Medical and sanitary report of the native army of Madras for the year
Year: 1872
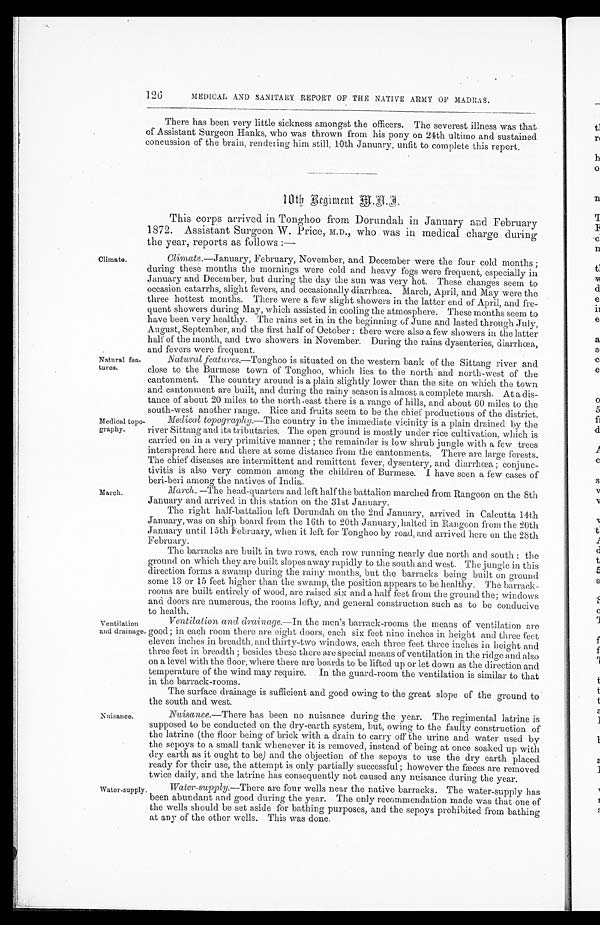
126
Climate.
Natural fea
-tures.
MEDICAL AND SANITARY REPORT OF THE NATIVE ARMY OF MADRAS.
There has been very little sickness amongst the officers. The severest illness was that
of Assistant Surgeon Hanks, who was thrown from his pony on 24th ultimo and sustained
concussion of the brain, rendering him still, 10th January, unfit to complete this report.
1 0 t h R e g i m e n t M . A . I .
This corps arrived in Tonghoo from Dorundah in January and February
1872. Assistant Surgeon W. Price, M.D., who was in medical charge during
the year, reports as follows:—
Climate .—January, February, November, and December were the four cold months;
during these months the mornings were cold and heavy fogs were frequent, especially in
January and December, but during the day the sun was very hot. These changes seem to
occasion catarrhs, slight fevers, and occasionally diarrhœa. March, April, and May were the
three hottest months. There were a few slight showers in the latter end of April, and fre
-quent showers during May, which assisted in cooling the atmosphere. These months seem to
have been very healthy. The rains set in in the beginning of June and lasted through July,
August, September, and the first half of October: there were also a few showers in the latter
half of the month, and two showers in November. During the rains dysenteries, diarrhœa,
and fevers were frequent.
Natural features.—Tonghoo is situated on the western bank of the Sittang river and
close to the Burmese town of Tonghoo, which lies to the north and north-west of the
cantonment. The country around is a plain slightly lower than the site on which the town
and cantonment are built, and during the rainy season is almost a complete marsh. At a dis
-tance of about 20 miles to the north-east there is a range of hills, and about 60 miles to the
south-west another range. Rice and fruits seem to be the chief productions of the district.
Medical topo
-graphy.
March.
Medical topography.— The country in the immediate vicinity is a plain drained by the
river Sittang and its tributaries. The open ground is mostly under rice cultivation, which is
carried on in a very primitive manner; the remainder is low shrub jungle with a few trees
interspread here and there at some distance from the cantonments. There are large forests.
The chief diseases are intermittent and remittent fever, dysentery, and diarrhœa; conjunc
-tivitis is also very common among the children of Burmese. I have seen a few cases of
beri-beri among the natives of India.
March.—The head-quarters and left half the battalion marched from Rangoon on the 8th
January and arrived in this station on the 31st January.
The right half-battalion left Dorundah on the 2nd January, arrived in Calcutta 14th
January, was on ship board from the 16th to 20th January, halted in Rangoon from the 20th
January until 15th F ebruary, when it left for Tonghoo by road, and arrived here on the 28th
February.
The barracks are built in two rows, each row running nearly due north and south: the
ground on which they are built slopes away rapidly to the south and west. The jungle in this
direction forms a swamp during the rainy months, but the barracks being built on ground
some 13 or 15 feet higher than the swamp, the position appears to be healthy. The barrack
-rooms are built entirely of wood, are raised six and a half feet from the ground the; windows
and doors are numerous, the rooms lofty, and general construction such as to be conducive
to health.
Ventilation
and drainage.
Nuisance.
Water-supply.
Ventilation and drainage .—In the men's barrack-rooms the means of ventilation are
good; in each room there are eight doors, each six feet nine inches in height and three feet
eleven inches in breadth, and thirty-two windows, each three feet three inches in height and
three feet in breadth; besides these there are special means of ventilation in the ridge and also
on a level with the floor, where there are boards to be lifted up or let down as the direction and
temperature of the wind may require. In the guard-room the ventilation is similar to that
in the barrack-rooms.
The surface drainage is sufficient and good owing to the great slope of the ground to
the south and west.
Nuisance.—There has been no nuisance during the year. The regimental latrine is
supposed to be conducted on the dry-earth system, but, owing to the faulty construction of
the latrine (the floor being of brick with a drain to carry off the urine and water used by
the sepoys to a small tank whenever it is removed, instead of being at once soaked up with
dry earth as it ought to be) and the objection of the sepoys to use the dry earth placed
ready for their use, the attempt is only partially successful; however the fæces are removed
twice daily, and the latrine has consequently not caused any nuisance during the year.
Water-supply .—There are four wells near the native barracks. The water-supply has
been abundant and good during the year. The only recommendation made was that one of
the wells should be set aside for bathing purposes, and the sepoys prohibited from bathing
at any of the other wells. This was done.